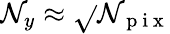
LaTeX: \mathcal{N}_{y}\approx\sqrt{}{{\mathcal{N}_{\mathrm{{~p~i~x~}}}}}